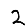
Digit: 2